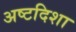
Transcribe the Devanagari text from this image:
अष्टदिशा